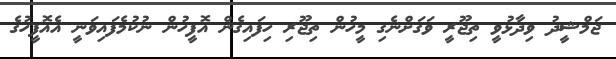
ޖަމްޝީދު ވިދާޅުވީ ތިޖޫރީ ވަގަށްނެގި މީހުން ތިޖޫރި ހިފައިގެން އޮފީހުން ނުކުމެފައިވަނީ އެއޮފީހުގެ